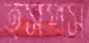
হসপস